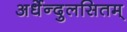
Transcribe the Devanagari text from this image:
अर्धेन्दुलसितम्